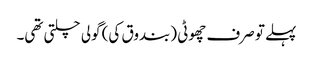
پہلے تو صرف چھوٹی (بندوق کی) گولی چلتی تھی۔